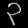
Digit: ၃